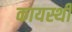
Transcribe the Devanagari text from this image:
कायस्थी